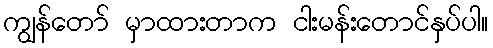
ကျွန်တော် မှာထားတာက ငါးမန်းတောင်နှပ်ပါ။